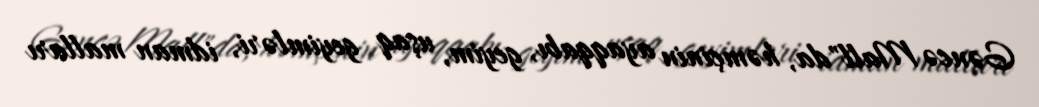
Gəncə Mall"da, həmçinin ayaqqabı, geyim, uşaq geyimləri, idman malları